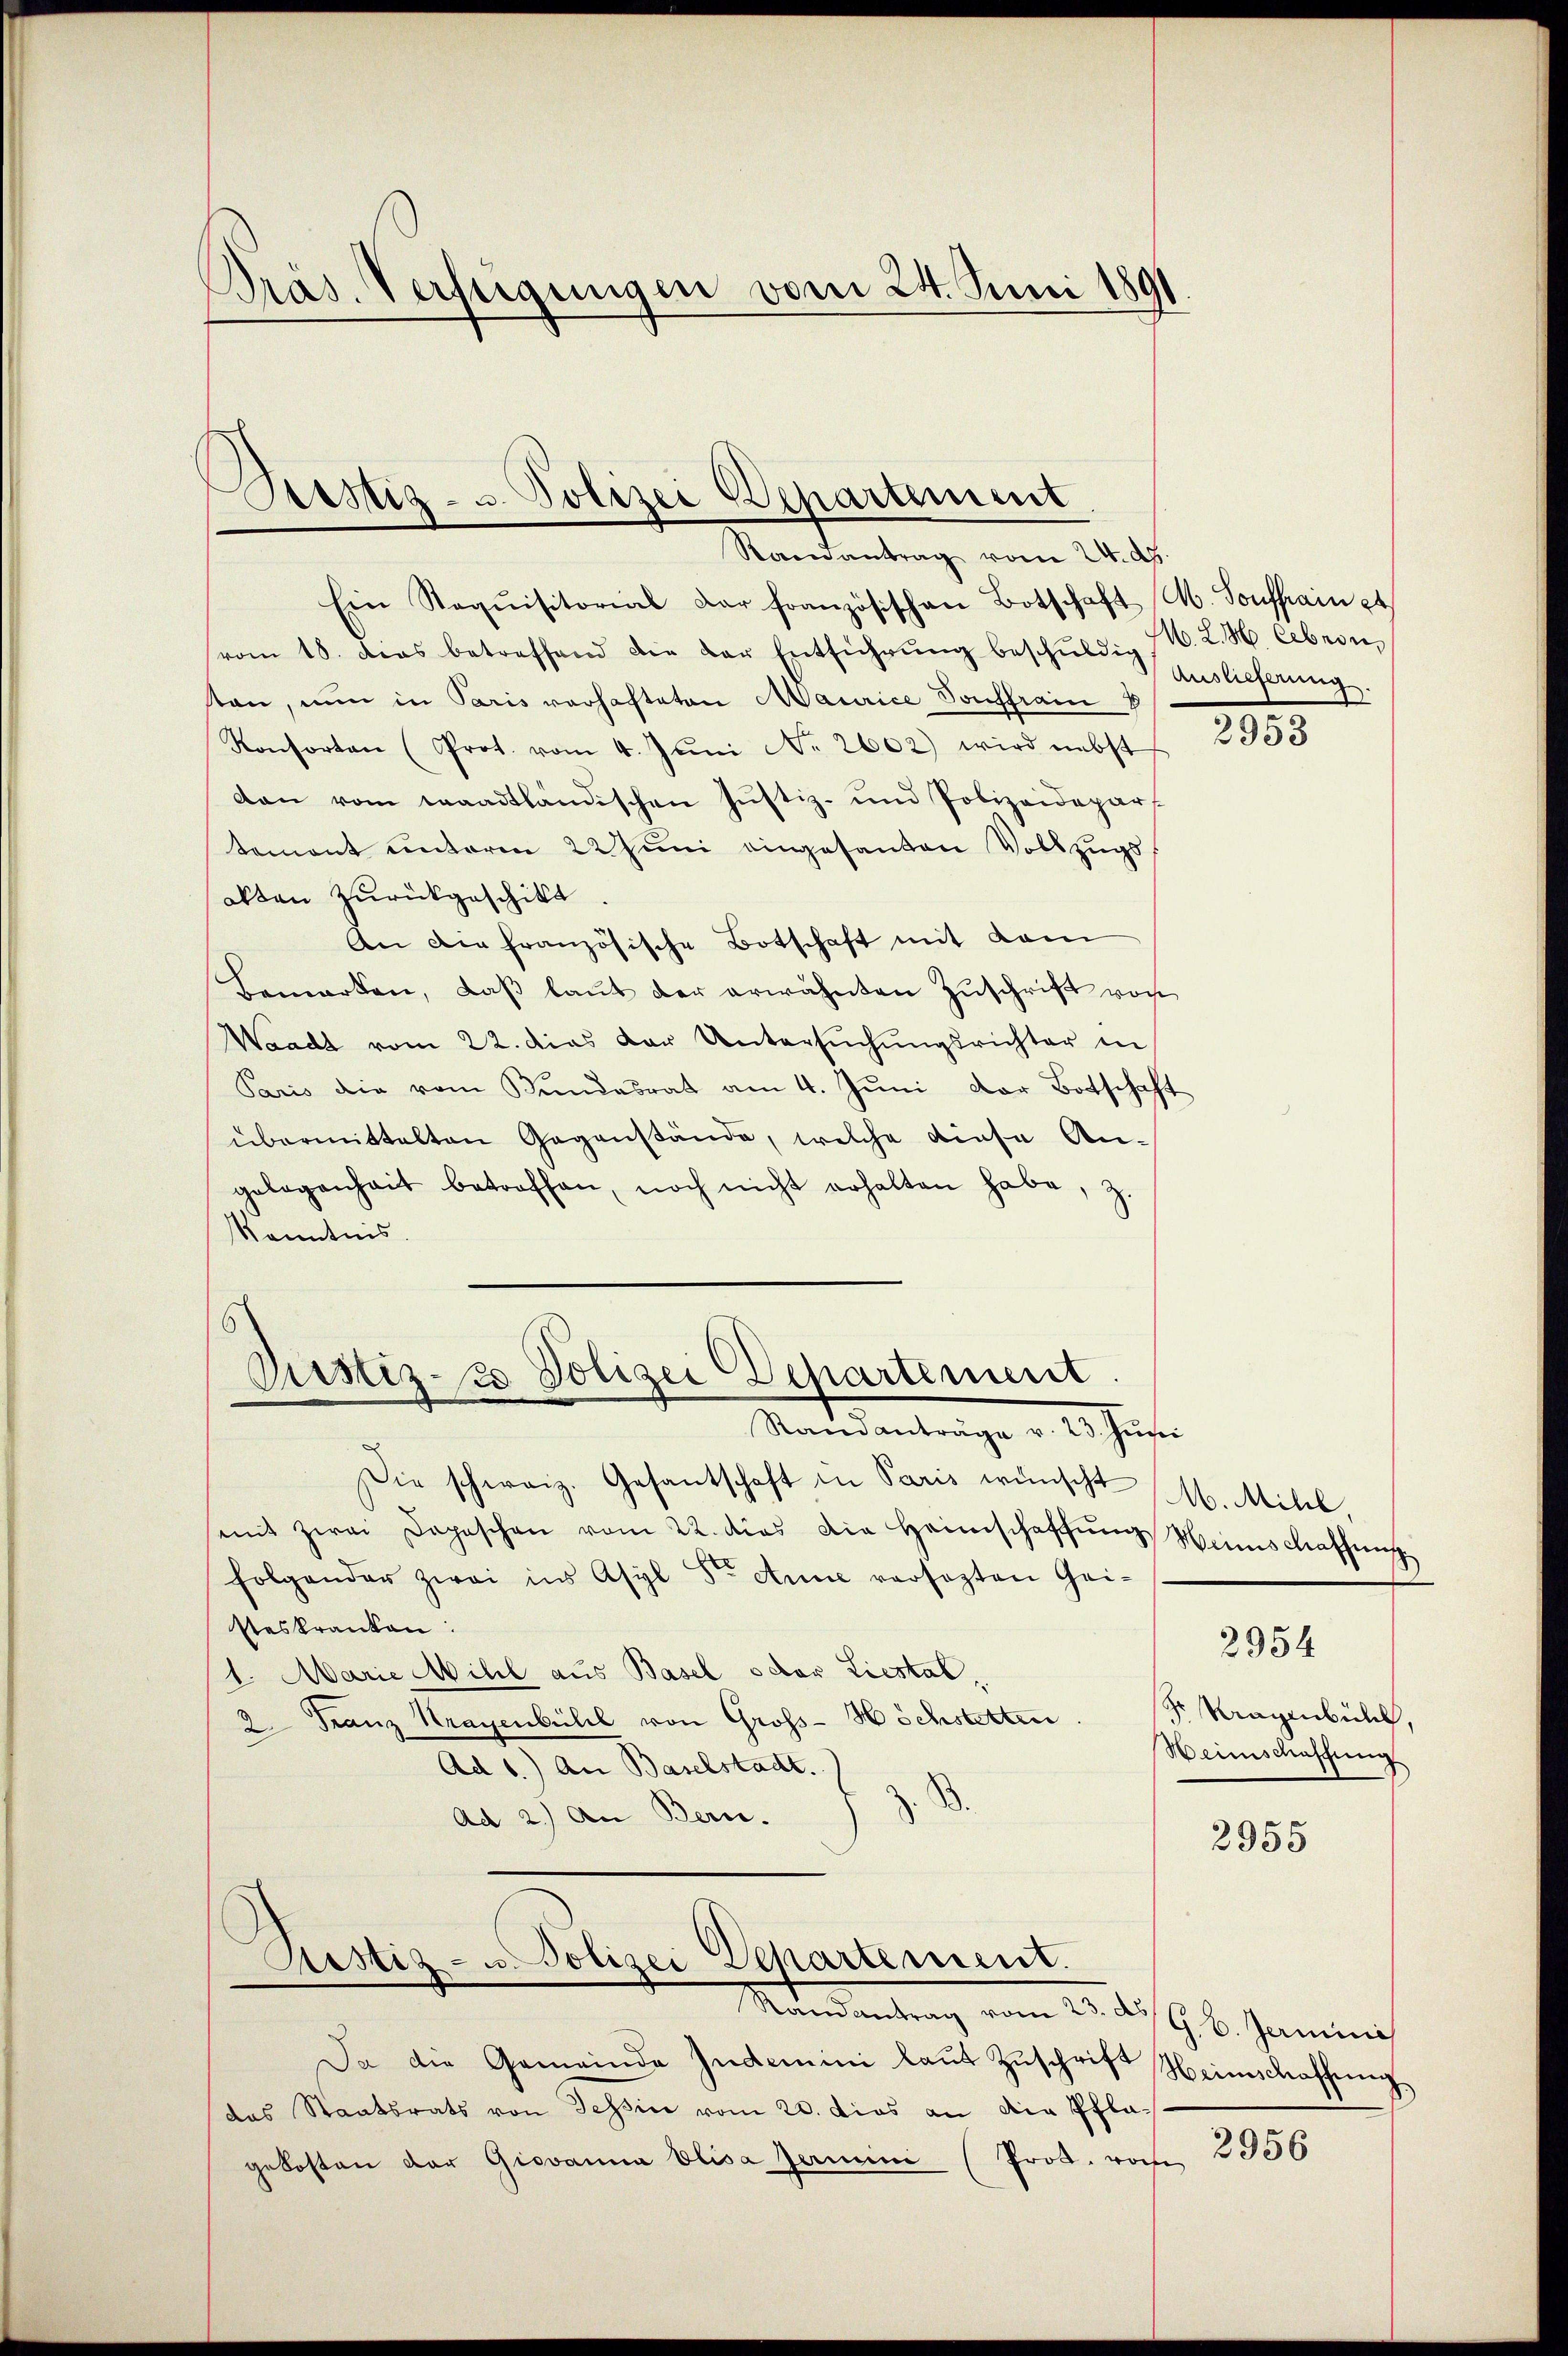
Präs. Verfügungen vom 24. Juni 1891

Bestig- u. Polizei Departement
Randantrag vom 24. dh.

Ein Requisitorial dar französischen Botschaft M. Sonstain pt
vom 18. das betreffend die der Entführŭng beschuldig M. L. M. leben,
kan, nun in Paris vorhafteten Maurice Souffrain 8
Konsorten (Prot. vom 4. Jŭni No. 2602) wird nebst
dan vom waadtländischen Justiz- und Polizeidepart
temont unterm 22 Juni eingesanten Vollzugs
akten zurückgeschikt
An die französische Botschaft mit dam
Bemerken, daβ laŭt der erwähnten Zuschrift von
Waadt vom 22. dies der Untersŭchŭngsrichter in
Paris die vom Bundesrat am 4. Jŭni vor Botschaft
übermittelten Gegenstände, welche diese Angelegenheit betroffen, noch nicht erhalten habe, z.
Kenntnis.

Pustiz- & Polizei Departement.
Randanträge v. 23. Juni

Die schweiz. Gesantschaft in Paris wünscht M. Milil,
mit zwei Depeschen vom 22. dies die Heimschaffŭng Weinschaffung
folgender zwei ins Asyl Dr. Anne versezten Gei-
steskranken:
1. Marie Mill aus Basel oder Liestal.
2 Franz Kragenbühl von Groß-Höchstetten
Ad 6.) An Baselstadt.
.
Ad 2.) An Bern.

Sistiz- u. Polizei Departement.

Randantrag vom 23. d. G. B. Germini
Da die Gemeinde Indemini laut Zuschrift Heimschaffung
das Staatsrats von Tessin vom 20. dies an die Pflagekosten der Giovanna Elisa femini (Prod. woche

Auslieferung

2953

2954

Fr Kragenbühl,
Heimschaffung

2955

2956